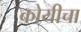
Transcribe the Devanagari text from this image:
कोयीचा